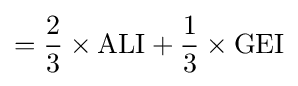
={\frac {2}{3}}\times {\text{ALI}}+{\frac {1}{3}}\times {\text{GEI}}